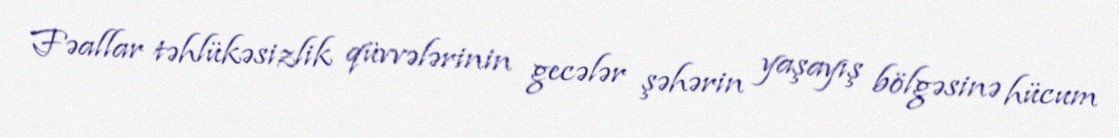
Fəallar təhlükəsizlik qüvvələrinin gecələr şəhərin yaşayış bölgəsinə hücum